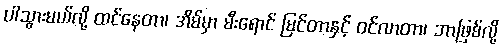
ပါသွားမယ်လို့ ထင်နေတာ၊ အိမ်မှာ မီးရောင် မြင်တာနှင့် ဝင်လာတာ၊ ဘာဖြစ်လို့